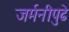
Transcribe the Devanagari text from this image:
जर्मनीपुढे